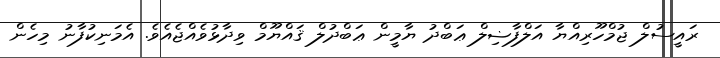
ރައީސުލް ޖުމްހޫރިއްޔާ އަލްފާޟިލް ޢަބްދު ޔާމީން ޢަބްދުލް ޤައްޔޫމް ވިދާޅުވެއްޖެއެވެ. އެމަނިކުފާނު މިހެން